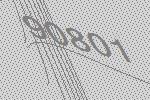
90801